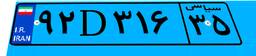
۹۲D۳۱۶۳۵